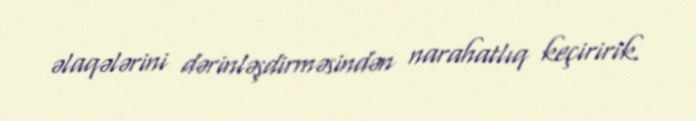
əlaqələrini dərinləşdirməsindən narahatlıq keçiririk.